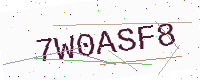
Text: 7W0ASF8